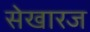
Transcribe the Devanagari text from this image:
सेखारज